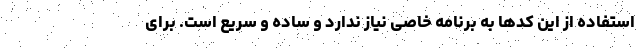
استفاده از این کدها به برنامه خاصی نیاز ندارد و ساده و سریع است. برای